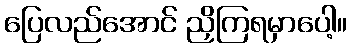
ပြေလည်အောင် ညှိကြရမှာပေါ့။